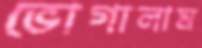
ভোগালাম